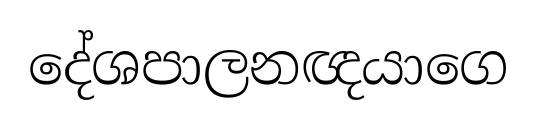
දේශපාලනඥයාගෙ